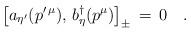
LaTeX: \begin{align*}\left[a_{\eta^\prime}( p^{\prime\,\mu}),\,b^\dagger_\eta(p^\mu)\right]_\pm\,=\,0\quad.\end{align*}